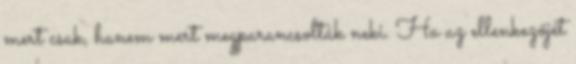
mert csak, hanem mert megparancsolták neki. Ha az ellenkezőjét